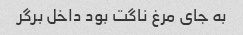
به جای مرغ ناگت بود داخل برگر